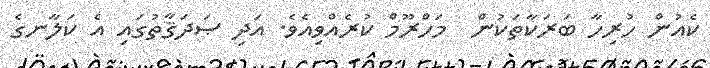
ކެއުން ހުރިހާ ބަރަކާތަކުން  މަހްރޫމް ކުރެއްވިއެވެ. އަދި ޞަދަޤާތުގައި އެ ކަލާނގެ